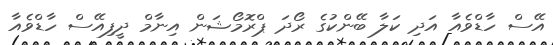
އޭސް ހާޑްވެއާ އަދި ކަލާ ބޭންކުގެ ރޯދަ ޕްރޮމޯޝަން އިނާމް ދީފިއޭސް ހާޑްވެއާ